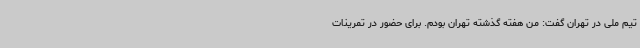
تیم ملی در تهران گفت: من هفته گذشته تهران بودم. برای حضور در تمرینات